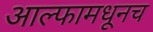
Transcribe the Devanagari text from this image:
आल्फामधूनच